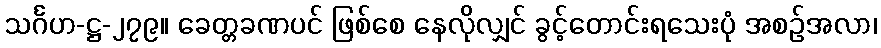
သင်္ဂဟ-ဋ္ဌ-၂၇၉။ ခေတ္တခဏပင် ဖြစ်စေ နေလိုလျှင် ခွင့်တောင်းရသေးပုံ အစဉ်အလာ၊